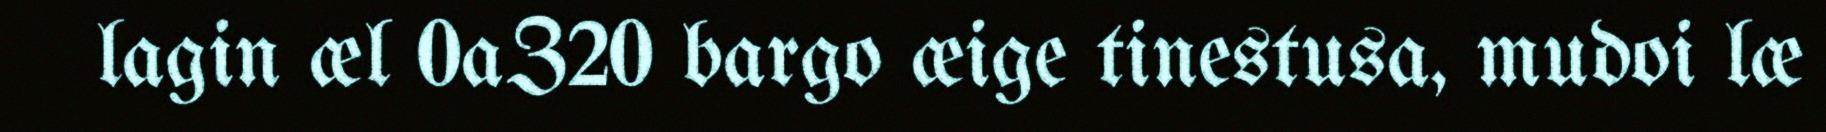
lagin æl 0aZ20 bargo æige tinestusa, mudoi læ